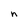
Character: n